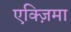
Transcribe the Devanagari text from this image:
एक्ज़िमा